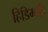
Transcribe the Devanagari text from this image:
हिडिम्बहि